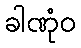
ခါဏုံဝ